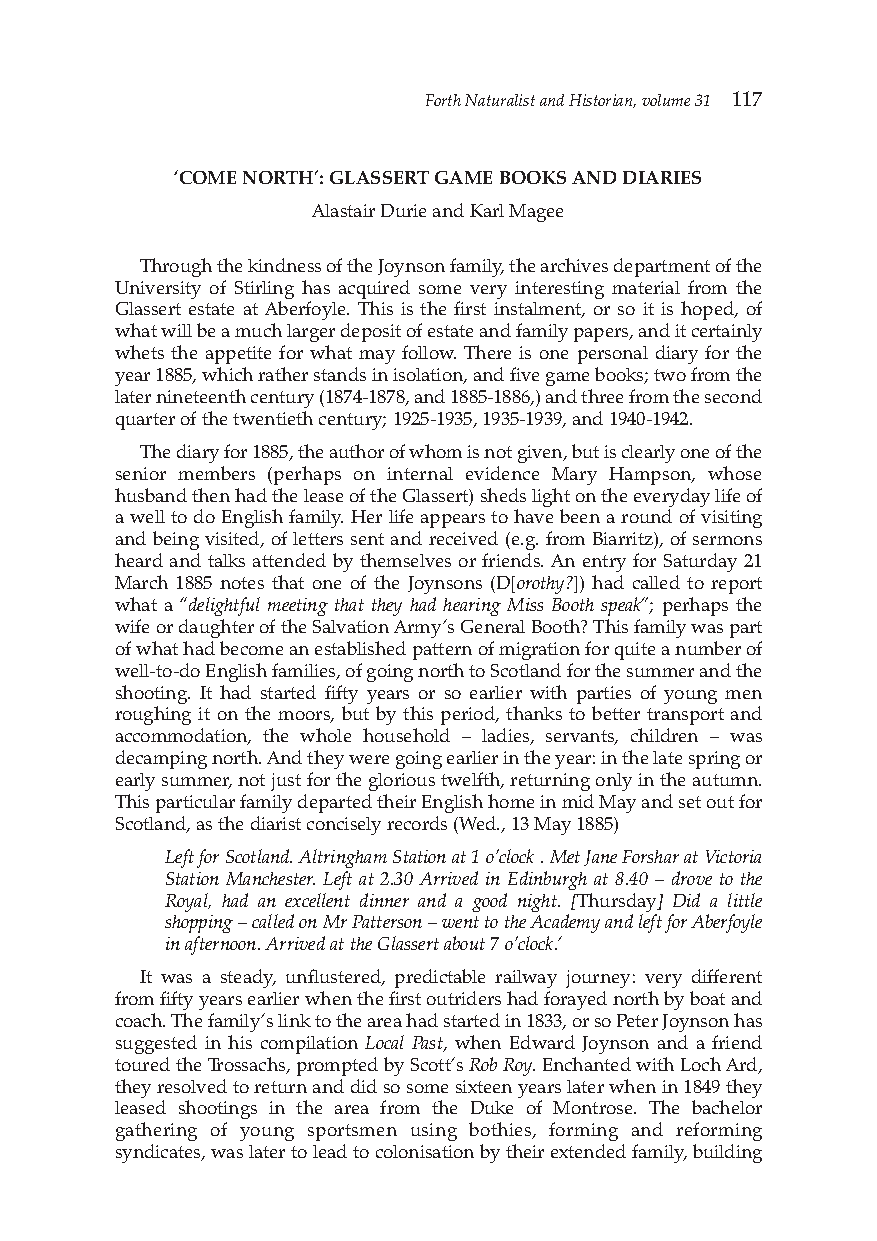
Forth Naturalist and Historian, volume 31 117
 ‘COME NORTH’: GLASSERT GAME BOOKS AND DIARIES
 Alastair Durie and Karl Magee
 Through the kindness of the Joynson family, the archives department of the
 University of Stirling has acquired some very interesting material from the
 Glassert estate at Aberfoyle. This is the first instalment, or so it is hoped, of
 what will be a much larger deposit of estate and family papers, and it certainly
 whets the appetite for what may follow. There is one personal diary for the
 year 1885, which rather stands in isolation, and five game books; two from the
 later nineteenth century (1874-1878, and 1885-1886,) and three from the second
 quarter of the twentieth century; 1925-1935, 1935-1939, and 1940-1942.
 The diary for 1885, the author of whom is not given, but is clearly one of the
 senior members (perhaps on internal evidence Mary Hampson, whose
 husband then had the lease of the Glassert) sheds light on the everyday life of
 a well to do English family. Her life appears to have been a round of visiting
 and being visited, of letters sent and received (e.g. from Biarritz), of sermons
 heard and talks attended by themselves or friends. An entry for Saturday 21
 March 1885 notes that one of the Joynsons (D[orothy?]) had called to report
 what a “delightful meeting that they had hearing Miss Booth speak”; perhaps the
 wife or daughter of the Salvation Army’s General Booth? This family was part
 of what had become an established pattern of migration for quite a number of
 well-to-do English families, of going north to Scotland for the summer and the
 shooting. It had started fifty years or so earlier with parties of young men
 roughing it on the moors, but by this period, thanks to better transport and
 accommodation, the whole household – ladies, servants, children – was
 decamping north. And they were going earlier in the year: in the late spring or
 early summer, not just for the glorious twelfth, returning only in the autumn.
 This particular family departed their English home in mid May and set out for
 Scotland, as the diarist concisely records (Wed., 13 May 1885)
 Left for Scotland. Altringham Station at 1 o’clock . Met Jane Forshar at Victoria
 Station Manchester. Left at 2.30 Arrived in Edinburgh at 8.40 – drove to the
 Royal, had an excellent dinner and a good night. [Thursday] Did a little
 shopping –called on Mr Patterson –went to the Academy and left for Aberfoyle
 in afternoon. Arrived at the Glassert about 7 o’clock.’
 It was a steady, unflustered, predictable railway journey: very different
 from fifty years earlier when the first outriders had forayed north by boat and
 coach. The family’s link to the area had started in 1833, or so Peter Joynson has
 suggested in his compilation Local Past, when Edward Joynson and a friend
 toured the Trossachs, prompted by Scott’s Rob Roy.Enchanted with Loch Ard,
 they resolved to return and did so some sixteen years later when in 1849 they
 leased shootings in the area from the Duke of Montrose. The bachelor
 gathering of young sportsmen using bothies, forming and reforming
 syndicates, was later to lead to colonisation by their extended family, building